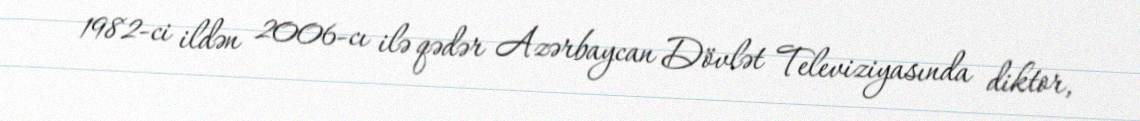
1982-ci ildən 2006-cı ilə qədər Azərbaycan Dövlət Televiziyasında diktor,